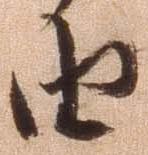
由